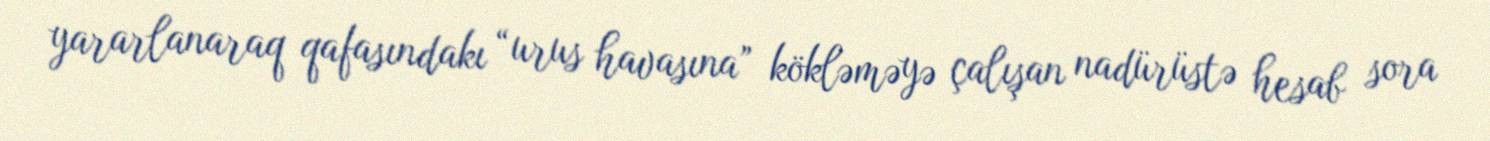
yararlanaraq qafasındakı “urus havasına” kökləməyə çalışan nadürüstə hesab sora